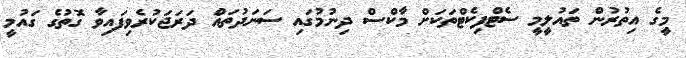
މީގެ އިތުރުން ތައުލީމީ ސެޓްފިކެޓްތަކަށް މާކްސް ދިނުމުގައި ސަނަދުތައް ދަރަޖަކުރެވިފައިވާ ގޮތުގެ ގައުމީ